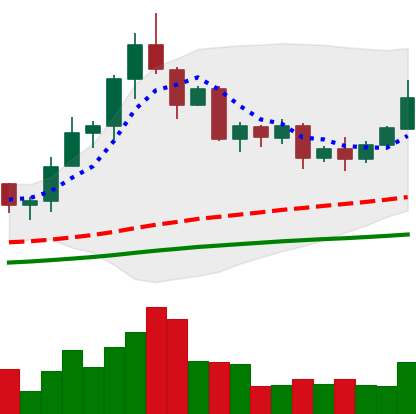
Ticker: TRX-USD
Chart end date: 2020-08-30
Forward return: 32.161%
Label: up_7plus